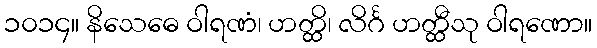
၁၀၁၄။ နိသေဓေ ဝါရဏံ၊ ဟတ္ထိ၊ လိင်္ဂ ဟတ္ထီသု ဝါရဏော။